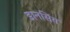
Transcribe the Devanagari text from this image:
डानसिंग